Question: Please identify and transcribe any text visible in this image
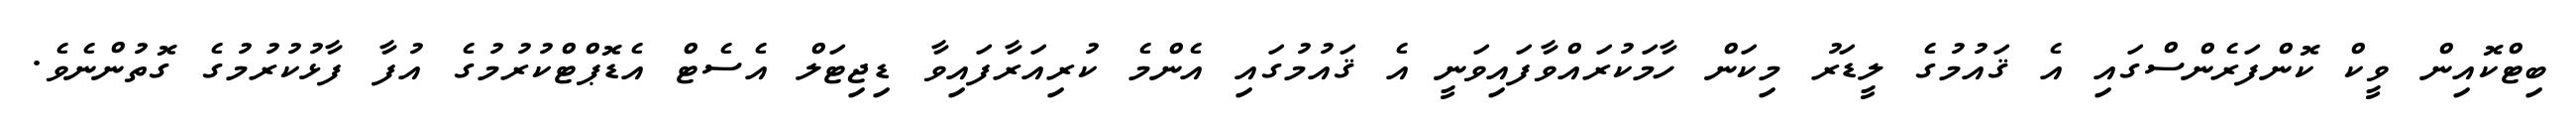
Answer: ބިޓްކޮއިން ވީކް ކޮންފަރެންސްގައި އެ ޤައުމުގެ ލީޑަރު މިކަން ހާމަކުރައްވާފައިވަނީ އެ ޤައުމުގައި އެންމެ ކުރިއަރާފައިވާ ޑިޖިޓަލް އެސެޓް އެޑޮޕްޓްކުރުމުގެ އުފާ ފާޅުކުރުމުގެ ގޮތުންނެވެ.